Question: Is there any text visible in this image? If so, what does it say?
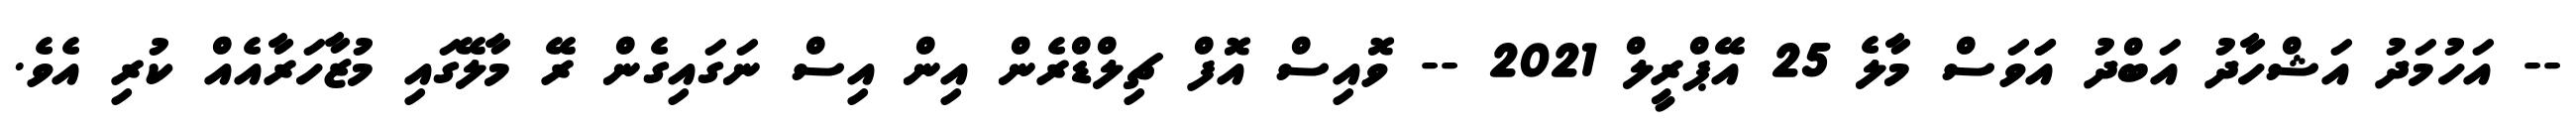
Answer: -- އަހުމަދު އަޝްހާދު އަބްދު އަަވަސް މާލެ 25 އޭޕްރީލް 2021 -- ވޮއިސް އޮފް ޗިލްޑްރެން އިން އިސް ނަގައިގެން ރޭ މާލޭގައި މުޒާހަރާއެއް ކުރި އެވެ.